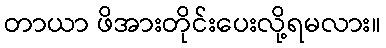
တာယာ ဖိအားတိုင်းပေးလို့ရမလား။